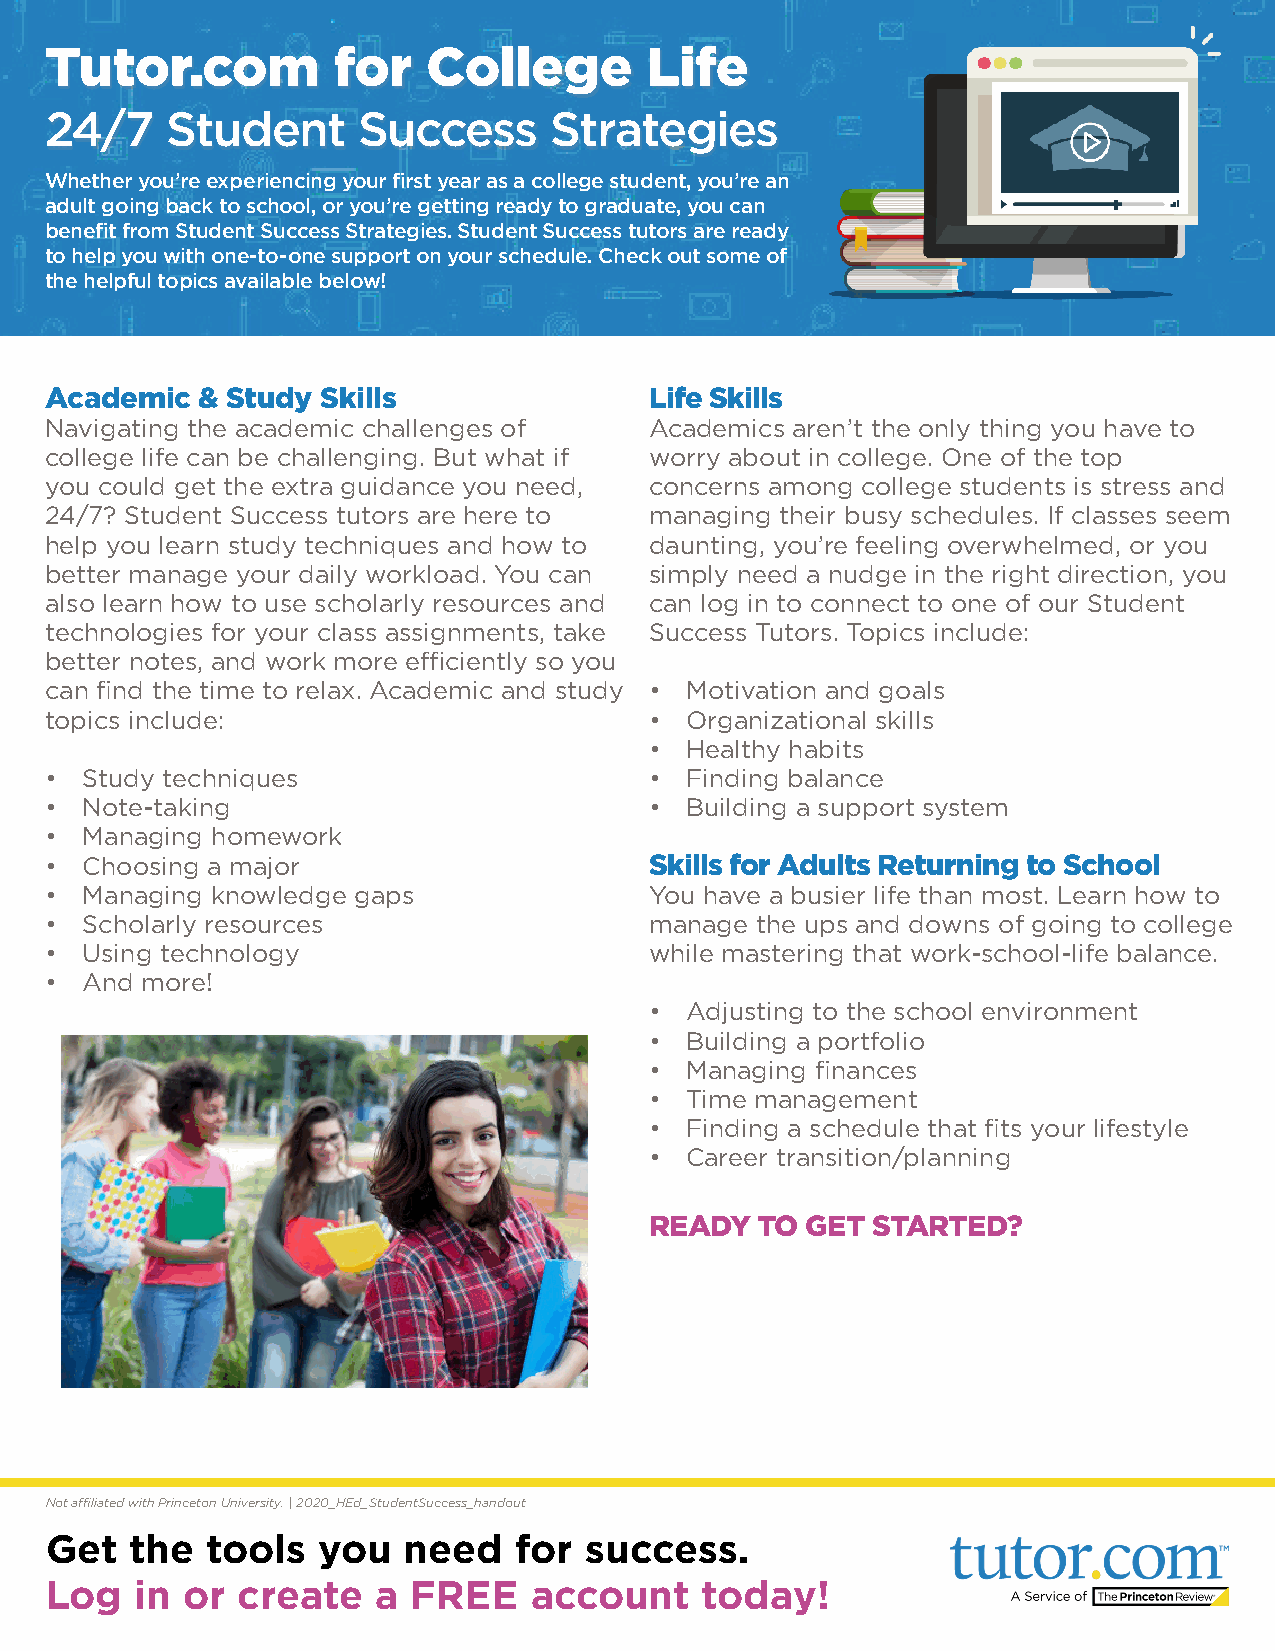
Tutor.com          for   College        Life
 24/7    Student      Success     Strategies
 Whether you’re experiencing your first year as a college student, you’re an
 adult going back to school, or you’re getting ready to graduate, you can
 benefit from Student Success Strategies. Student Success tutors are ready
 to help you with one-to-one support on your schedule. Check out some of
 the helpful topics available below!
 Academic  & Study Skills                Life Skills
 Navigating the academic challenges of   Academics aren’t the only thing you have to
 college life can be challenging. But what if worry about in college. One of the top
 you could get the extra guidance you need, concerns among college students is stress and
 24/7? Student Success tutors are here to managing their busy schedules. If classes seem
 help you learn study techniques and how to daunting, you’re feeling overwhelmed, or you
 better manage your daily workload. You can simply need a nudge in the right direction, you
 also learn how to use scholarly resources and can log in to connect to one of our Student
 technologies for your class assignments, take Success Tutors. Topics include:
 better notes, and work more efficiently so you
 can find the time to relax. Academic and study • Motivation and goals
 topics include:                         • Organizational skills
 • Healthy habits
 • Study techniques                      • Finding balance
 • Note-taking                           • Building a support system
 • Managing homework
 • Choosing a major                      Skills for Adults Returning to School
 • Managing knowledge gaps               You have a busier life than most. Learn how to
 • Scholarly resources                   manage the ups and downs of going to college
 • Using technology                      while mastering that work-school-life balance.
 • And more!
 • Adjusting to the school environment
 • Building a portfolio
 • Managing finances
 • Time management
 • Finding a schedule that fits your lifestyle
 • Career transition/planning
 READY  TO GET  STARTED?
 Not affiliated with Princeton University. | 2020_HEd_StudentSuccess_handout
 Get   the  tools  you   need   for  success.
 Log   in or  create   a FREE    account    today!